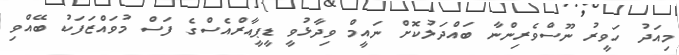
މިއަދު ހަވީރު ނޫސްވެރިންނާ ބައްދަލުކޮށް ނައީމް ވިދާޅުވީ ޑީޕީއާރްއެސްގެ ފަސް މުވައްޒަފަކު ބޭއްވި